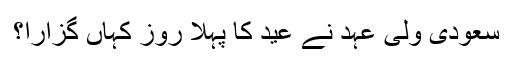
سعودی ولی عہد نے عید کا پہلا روز کہاں گزارا؟